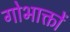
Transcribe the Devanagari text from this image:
गोभाक्तों